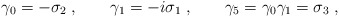
\begin{align*}\gamma_0=-\sigma_2 \; ,\hspace{0.8cm}\gamma_1=-i\sigma_1 \; ,\hspace{0.8cm}\gamma_5=\gamma_0\gamma_1=\sigma_3 \; ,\end{align*}